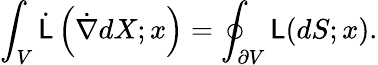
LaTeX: \int_{V}{\dot{\mathsf{L}}}\left({\dot{\nabla}}dX;x\right)=\oint_{\partial V}{\mathsf{L}}(dS;x).